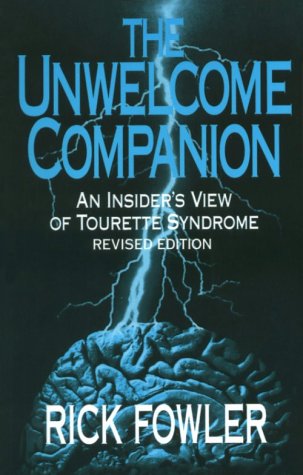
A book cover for The Unwelcome Companion: An Insider's View of Tourette Syndrome; Rick Fowler; Health, Fitness & Dieting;